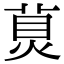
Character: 𤊾